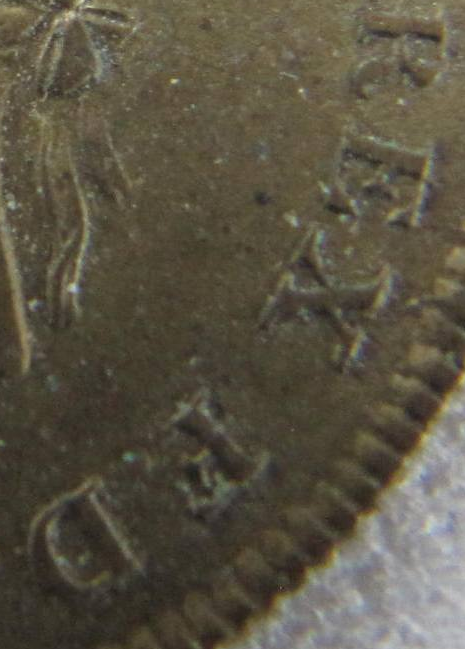
REX F.D